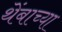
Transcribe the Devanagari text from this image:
थेंबाच्या